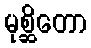
မုစ္ဆိတော